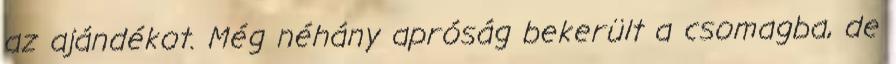
az ajándékot. Még néhány apróság bekerült a csomagba, de